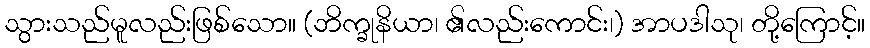
သွားသည်မူလည်းဖြစ်သော။ (ဘိက္ခုနိယာ၊ ၏လည်းကောင်း၊) အာပဒါသု၊ တို့ကြောင့်။